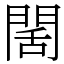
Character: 䦚